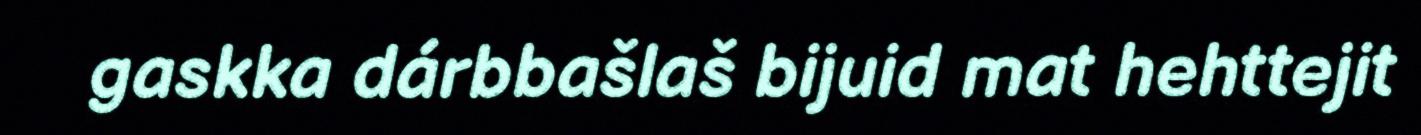
gaskka dárbbašlaš bijuid mat hehttejit